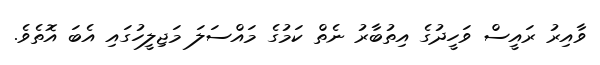
ވާއިރު ރައީސް ވަހީދުގެ އިތުބާރު ނެތް ކަމުގެ މައްސަލަ މަޖިލީހުގައި އެބަ އޮތެވެ.